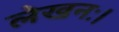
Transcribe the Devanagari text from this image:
लेखनः।